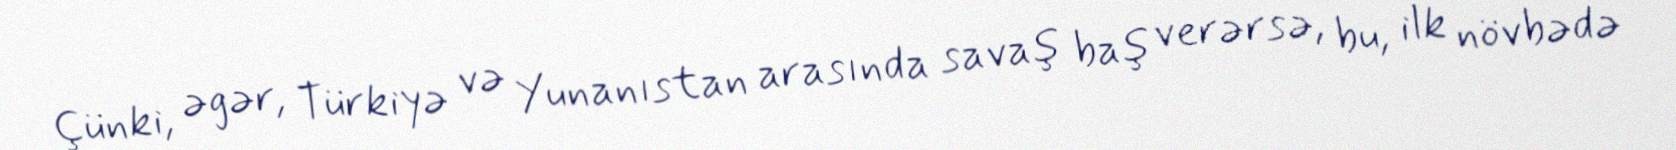
Çünki, əgər, Türkiyə və Yunanıstan arasında savaş baş verərsə, bu, ilk növbədə